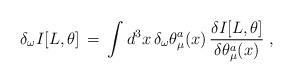
LaTeX: \begin{align*}\delta_\omega I[L,\theta] \,=\, \int d^3x \, \delta_\omega\theta_\mu^a (x) \, \frac{\delta I[L,\theta]}{\delta \theta_\mu^a (x)} \;,\end{align*}